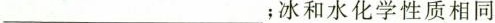
____________；冰和水化学性质相同